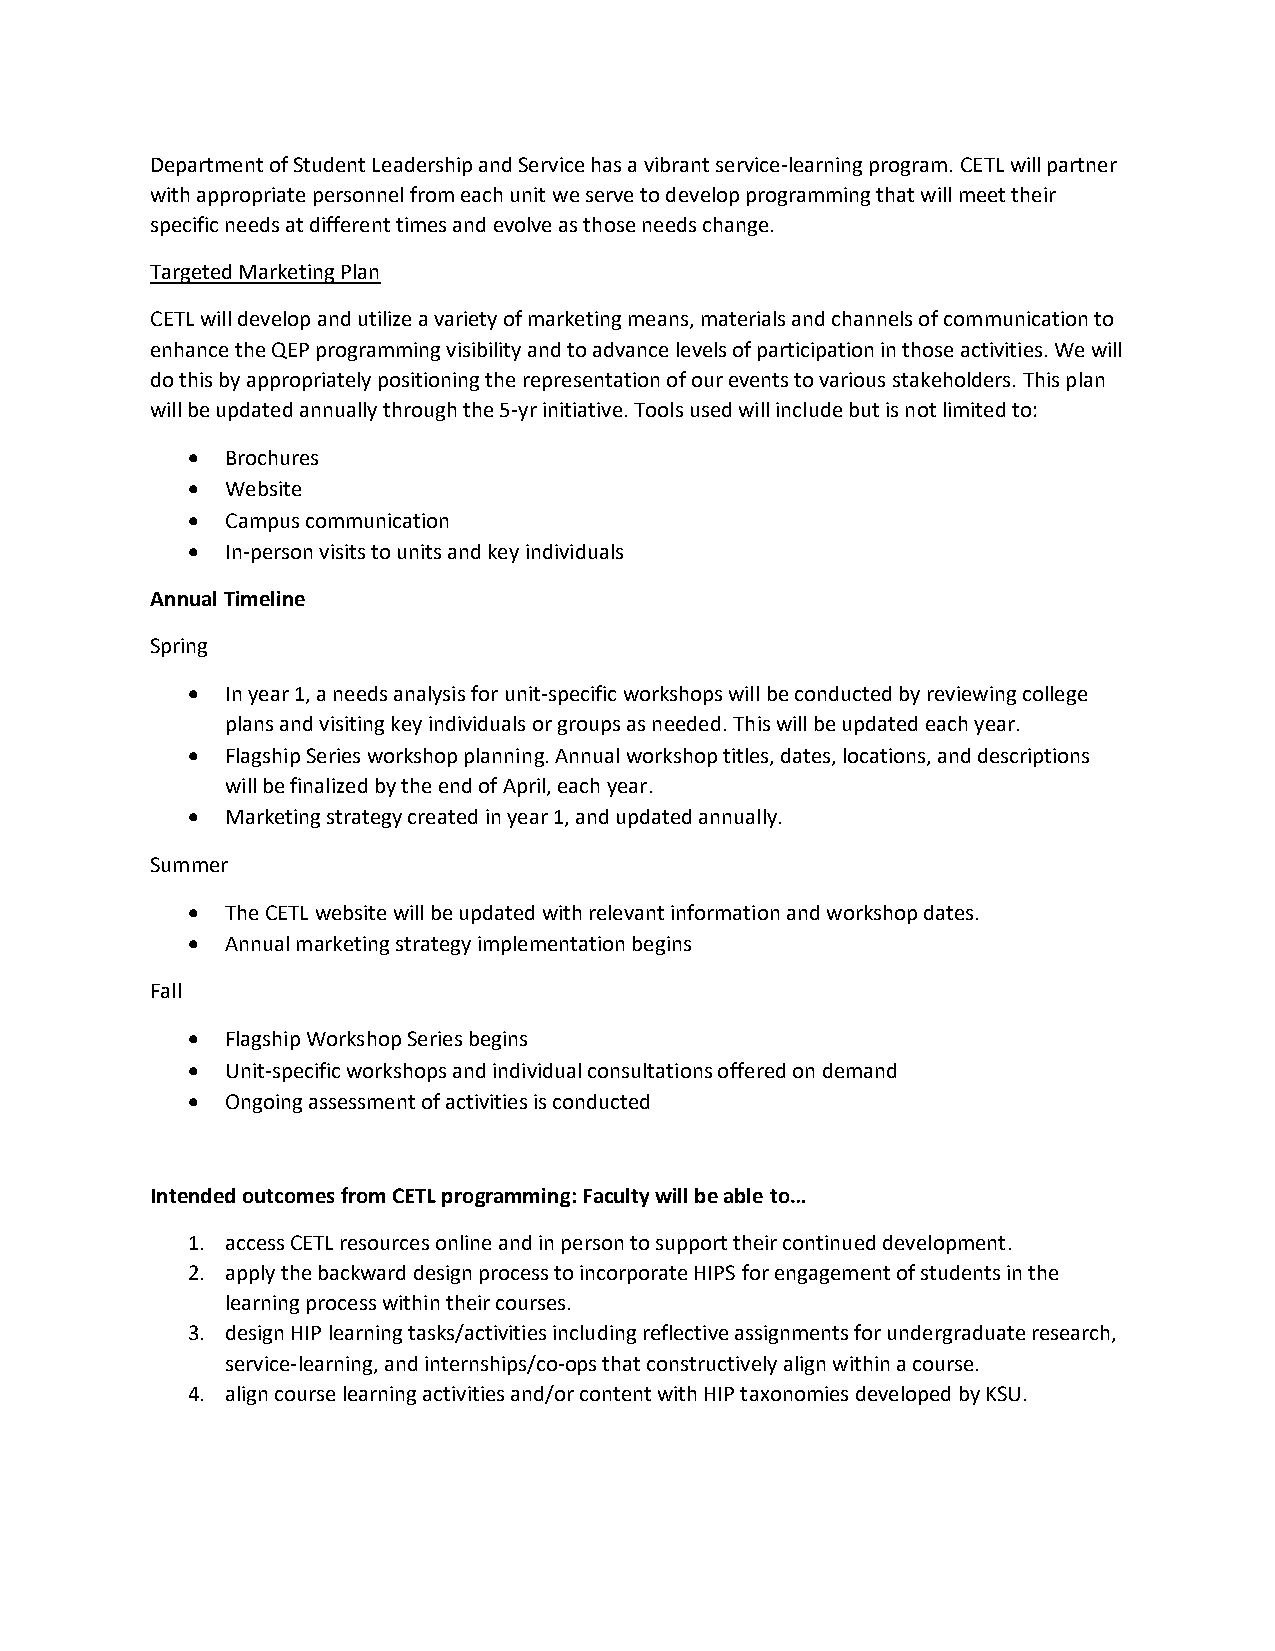
Department of Student Leadership and Service has a vibrant service-learning program. CETL will partner
 with appropriate personnel from each unit we serve to develop programming that will meet their
 specific needs at different times and evolve as those needs change.
 Targeted Marketing Plan
 CETL will develop and utilize a variety of marketing means, materials and channels of communication to
 enhance the QEP programming visibility and to advance levels of participation in those activities. We will
 do this by appropriately positioning the representation of our events to various stakeholders. This plan
 will be updated annually through the 5-yr initiative. Tools used will include but is not limited to:
 •  Brochures
 •  Website
 •  Campus communication
 •  In-person visits to units and key individuals
 Annual Timeline
 Spring
 •  In year 1, a needs analysis for unit-specific workshops will be conducted by reviewing college
 plans and visiting key individuals or groups as needed. This will be updated each year.
 •  Flagship Series workshop planning. Annual workshop titles, dates, locations, and descriptions
 will be finalized by the end of April, each year.
 •  Marketing strategy created in year 1, and updated annually.
 Summer
 •  The CETL website will be updated with relevant information and workshop dates.
 •  Annual marketing strategy implementation begins
 Fall
 •  Flagship Workshop Series begins
 •  Unit-specific workshops and individual consultations offered on demand
 •  Ongoing assessment of activities is conducted
 Intended outcomes from CETL programming: Faculty will be able to…
 1. access CETL resources online and in person to support their continued development.
 2. apply the backward design process to incorporate HIPS for engagement of students in the
 learning process within their courses.
 3. design HIP learning tasks/activities including reflective assignments for undergraduate research,
 service-learning, and internships/co-ops that constructively align within a course.
 4. align course learning activities and/or content with HIP taxonomies developed by KSU.